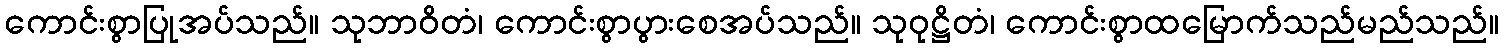
ကောင်းစွာပြုအပ်သည်။ သုဘာဝိတံ၊ ကောင်းစွာပွားစေအပ်သည်။ သုဝုဋ္ဌိတံ၊ ကောင်းစွာထမြောက်သည်မည်သည်။